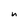
Character: n